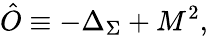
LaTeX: \hat{O}\equiv-\Delta_{\Sigma}+M^{2},